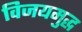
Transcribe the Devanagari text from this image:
विजयमुद्ध